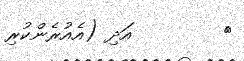
٧        އަދި (އެއުރެންކުރި